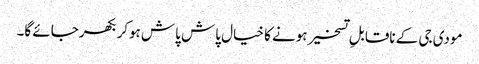
مودی جی کے ناقابلِ تسخیر ہونے کا خیال پاش پاش ہوکر بکھرجائے گا۔